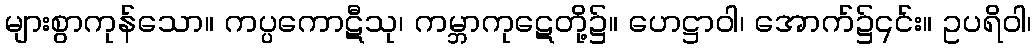
များစွာကုန်သော။ ကပ္ပကောဋီသု၊ ကမ္ဘာကုဋေတို့၌။ ဟေဋ္ဌာဝါ၊ အောက်၌၎င်း။ ဥပရိဝါ၊